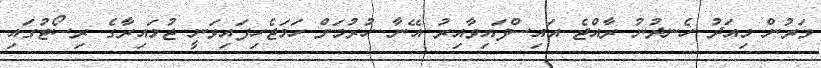
ވަރުން މިއަދު ހެނދުނު ރާއްޖެ އައިސްފައިވާއިރު އޭނާ ހުރުމަށް ހަމަޖެހިފައިވަނީ ޖުމައިރާގެ ރިސޯޓުގައި